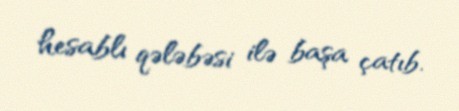
hesablı qələbəsi ilə başa çatıb.